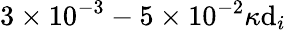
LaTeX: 3\times10^{-3}-5\times10^{-2}\kappa\mathrm{d}_{i}